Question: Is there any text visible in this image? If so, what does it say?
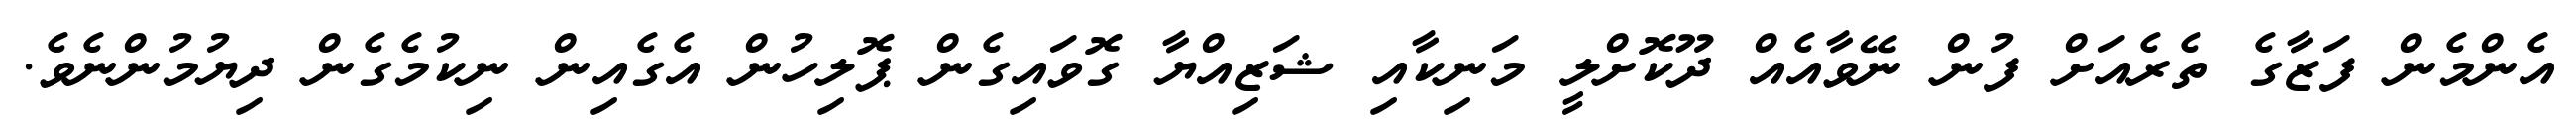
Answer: އެންމެން ފަޒާގެ ތެރެއަށް ފުން ނޭވާއެއް ދޫކޮށްލީ މަނިކާއި ޝަޒިއްޔާ ގޮވައިގެން ޕޮލިހުން އެގެއިން ނިކުމެގެން ދިޔުމުންނެވެ.